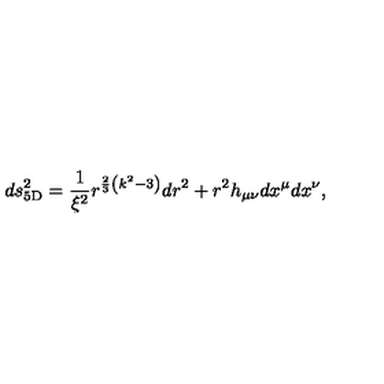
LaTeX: d s _ { \mathrm { 5 D } } ^ { 2 } = { \frac { 1 } { \xi ^ { 2 } } } r ^ { { \frac { 2 } { 3 } } \left( k ^ { 2 } - 3 \right) } d r ^ { 2 } + r ^ { 2 } h _ { \mu \nu } d x ^ { \mu } d x ^ { \nu } ,